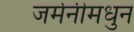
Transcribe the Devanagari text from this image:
जर्मनीमधुन